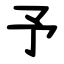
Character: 予